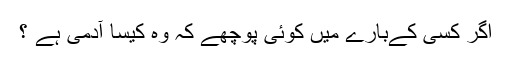
اگر کسی کےبارے میں کوئی پوچھے کہ وہ کیسا آدمی ہے ؟